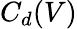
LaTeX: C_{d}(V)